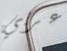
عربي